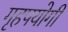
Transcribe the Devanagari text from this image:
गृहपयोगी